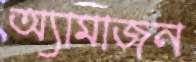
অ্যামাজন